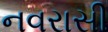
નવરાસી